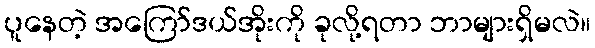
ပူနေတဲ့ အကြော်ဒယ်အိုးကို ခုလို့ရတာ ဘာများရှိမလဲ။